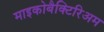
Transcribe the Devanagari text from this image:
माइकोबैक्टिरिअम